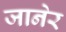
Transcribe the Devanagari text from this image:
जानेर